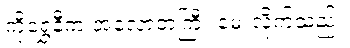
ကိုရွှေနီက အလောတကြီး မေးလိုက်သည်။